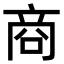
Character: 商